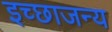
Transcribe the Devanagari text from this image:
इच्छाजन्य